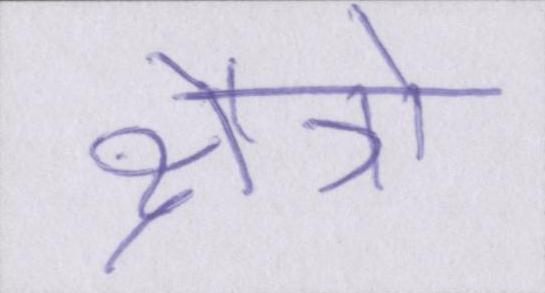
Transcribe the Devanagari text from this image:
क्षैत्रो